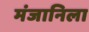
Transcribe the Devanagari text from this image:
मंजानिला